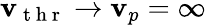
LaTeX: \mathbf{v}_{\mathrm{{~t~h~r~}}}\to\mathbf{v}_{p}=\infty